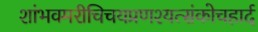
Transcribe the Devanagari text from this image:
शांभवमरीचिचयप्रणश्यत्संकोचहार्द